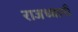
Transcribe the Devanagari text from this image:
राजध्धानी